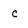
Character: c